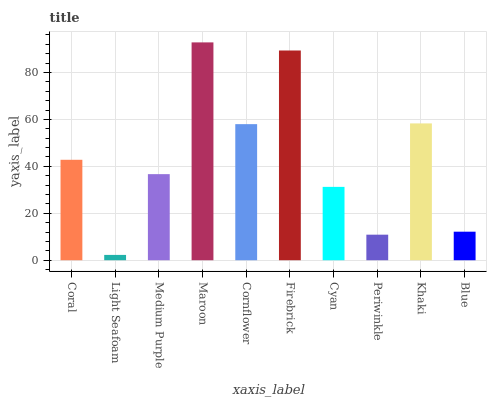
| xaxis_label | bars |
 | --- | --- |
 | Coral | 42.8 |
 | Light Seafoam | 2.26 |
 | Medium Purple | 36.7 |
 | Maroon | 92.8 |
 | Cornflower | 58 |
 | Firebrick | 89.4 |
 | Cyan | 31.3 |
 | Periwinkle | 10.9 |
 | Khaki | 58.3 |
 | Blue | 12.2 |